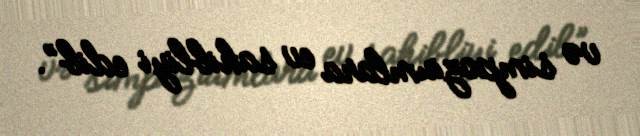
və simpoziumlara ev sahibliyi edib”.